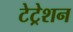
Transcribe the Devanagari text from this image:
टेट्रेशन